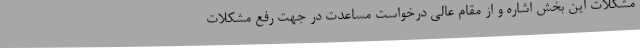
مشکلات این بخش اشاره و از مقام عالی درخواست مساعدت در جهت رفع مشکلات